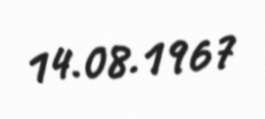
14.08.1967